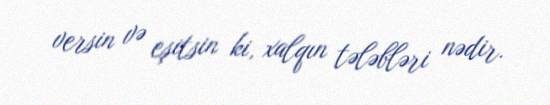
versin və eşitsin ki, xalqın tələbləri nədir.